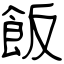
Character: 飯